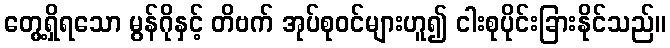
တွေ့ရှိရသော မွန်ဂိုနှင့် တိဗက် အုပ်စုဝင်များဟူ၍ ငါးစုပိုင်းခြားနိုင်သည်။